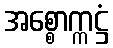
အစ္စောက္ကဋ္ဌံ